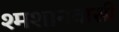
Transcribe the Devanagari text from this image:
श्मशानवासी